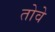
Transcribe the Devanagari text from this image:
तोवे